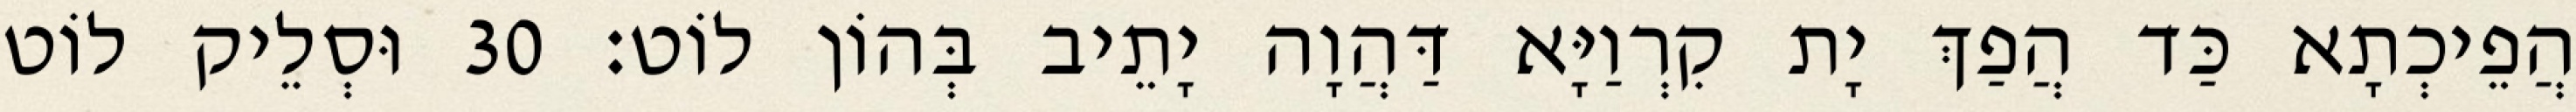
הֲפֵיכְתָא כַּד הֲפַךְ יָת קִרְוַיָּא דַּהֲוָה יָתֵיב בְּהוֹן לוֹט׃ 30 וּסְלֵיק לוֹט